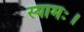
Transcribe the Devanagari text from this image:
स्यामः।